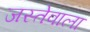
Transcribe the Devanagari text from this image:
जस्तेवाला